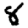
Digit: 8